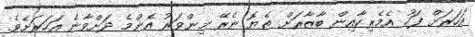
އަހަރަށް ފަހު އެމެރިކާއިން ބާޒާރަށް ތެޔޮ ނެރޭ މިންވަރު އެންމެ ދަށްވާނެ އަހަރަށެވެ.